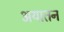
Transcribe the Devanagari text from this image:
अयातन